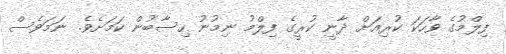
ފިލްމުގެ ވާހަކަ ކުރިއަށް ދާނީ ކުރީގެ ފިލްމު ނިމުނު ހިސާބުން ކަމަށެވެ. ނަމަވެސް